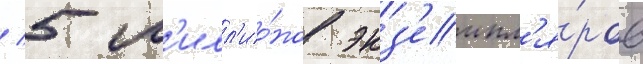
/ 5 м'илл'ио́нов экз'емпл'я́ров